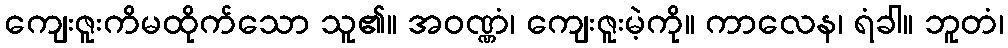
ကျေးဇူးကိမထိုက်သော သူ၏။ အဝဏ္ဏံ၊ ကျေးဇူးမဲ့ကို။ ကာလေန၊ ရံခါ။ ဘူတံ၊